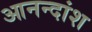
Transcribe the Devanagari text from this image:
आनन्दांश